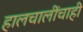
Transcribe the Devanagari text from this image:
हालचालींचाही